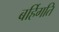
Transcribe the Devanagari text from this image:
बर्हिगति